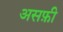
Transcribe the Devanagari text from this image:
असफ़ी